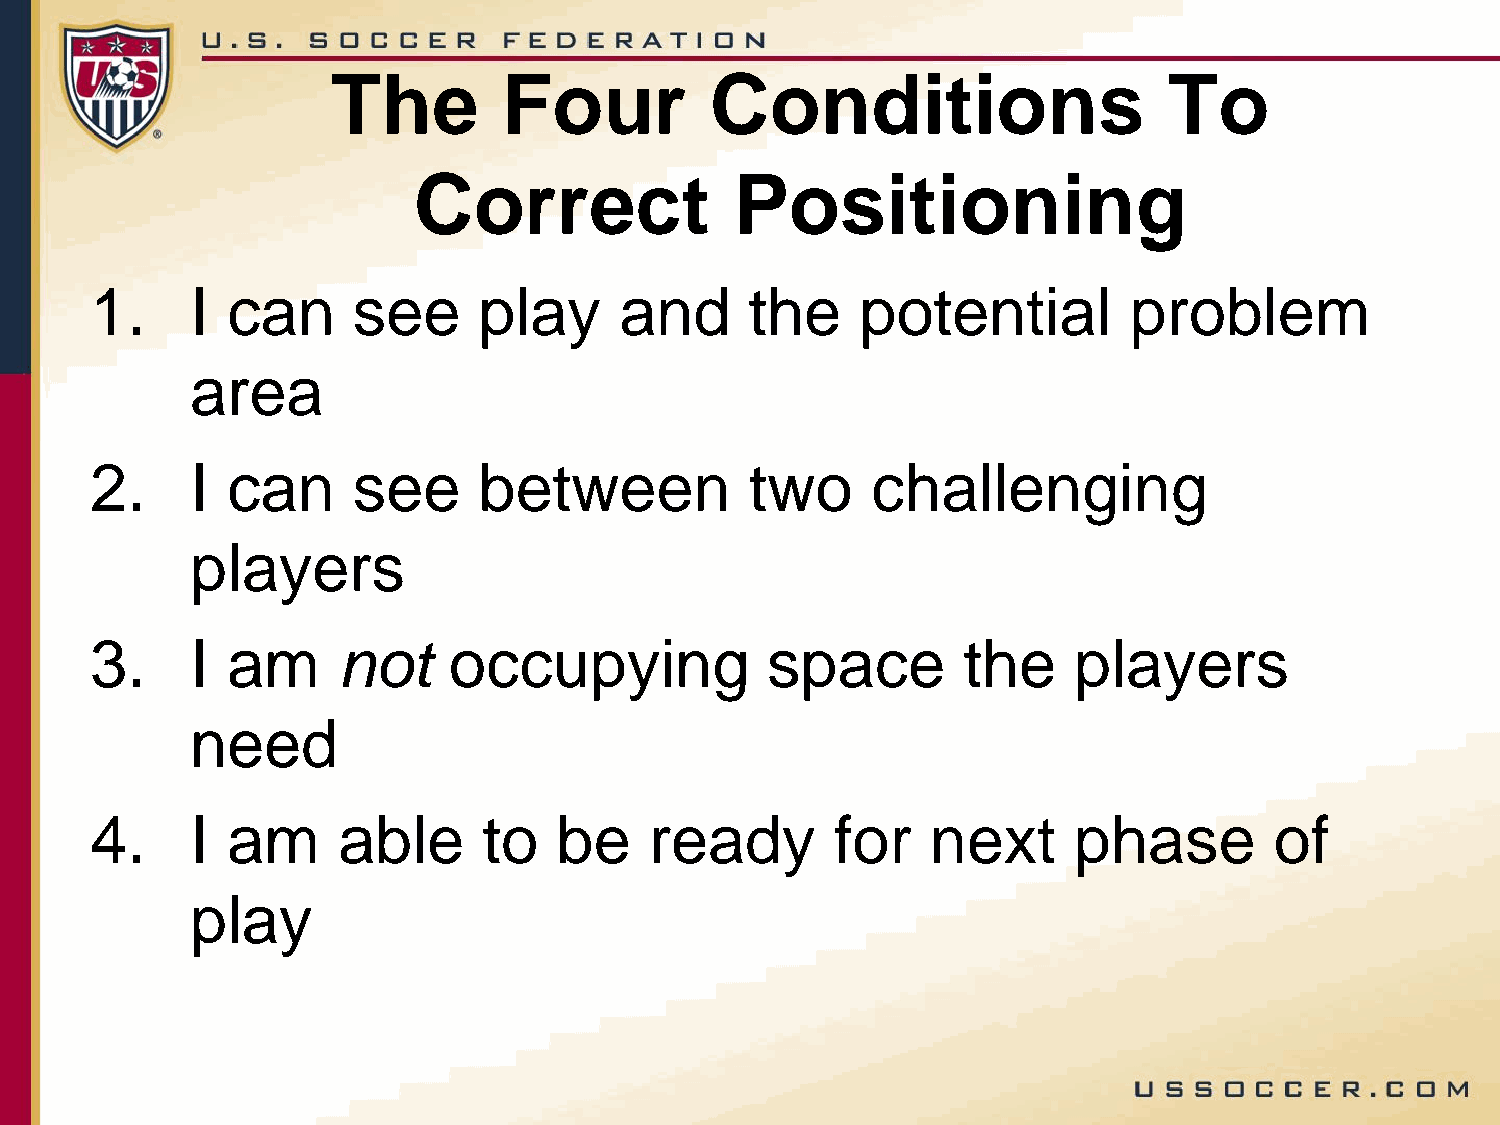
The        Four          Conditions                    To
 Correct               Positioning
 1.     I can     see      play     and      the    potential         problem
 area
 2.     I can     see      between           two     challenging
 players
 3.     I am     not     occupying            space        the    players
 need
 4.     I am     able      to   be    ready       for    next     phase        of
 play